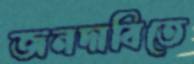
জনদাবিতে